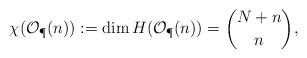
LaTeX: \begin{align*}\chi(\mathcal{O}_{\P}(n)) :=\dim H (\mathcal{O}_{\P}(n))={N+n \choose n} ,\end{align*}